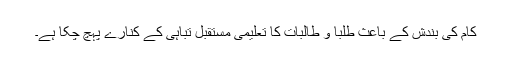
کام کی بندش کے باعث طلبا و طالبات کا تعلیمی مستقبل تباہی کے کنارے پہچ چکا ہے۔